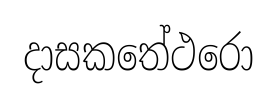
දාසකතේථරො